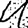
Digit: 4